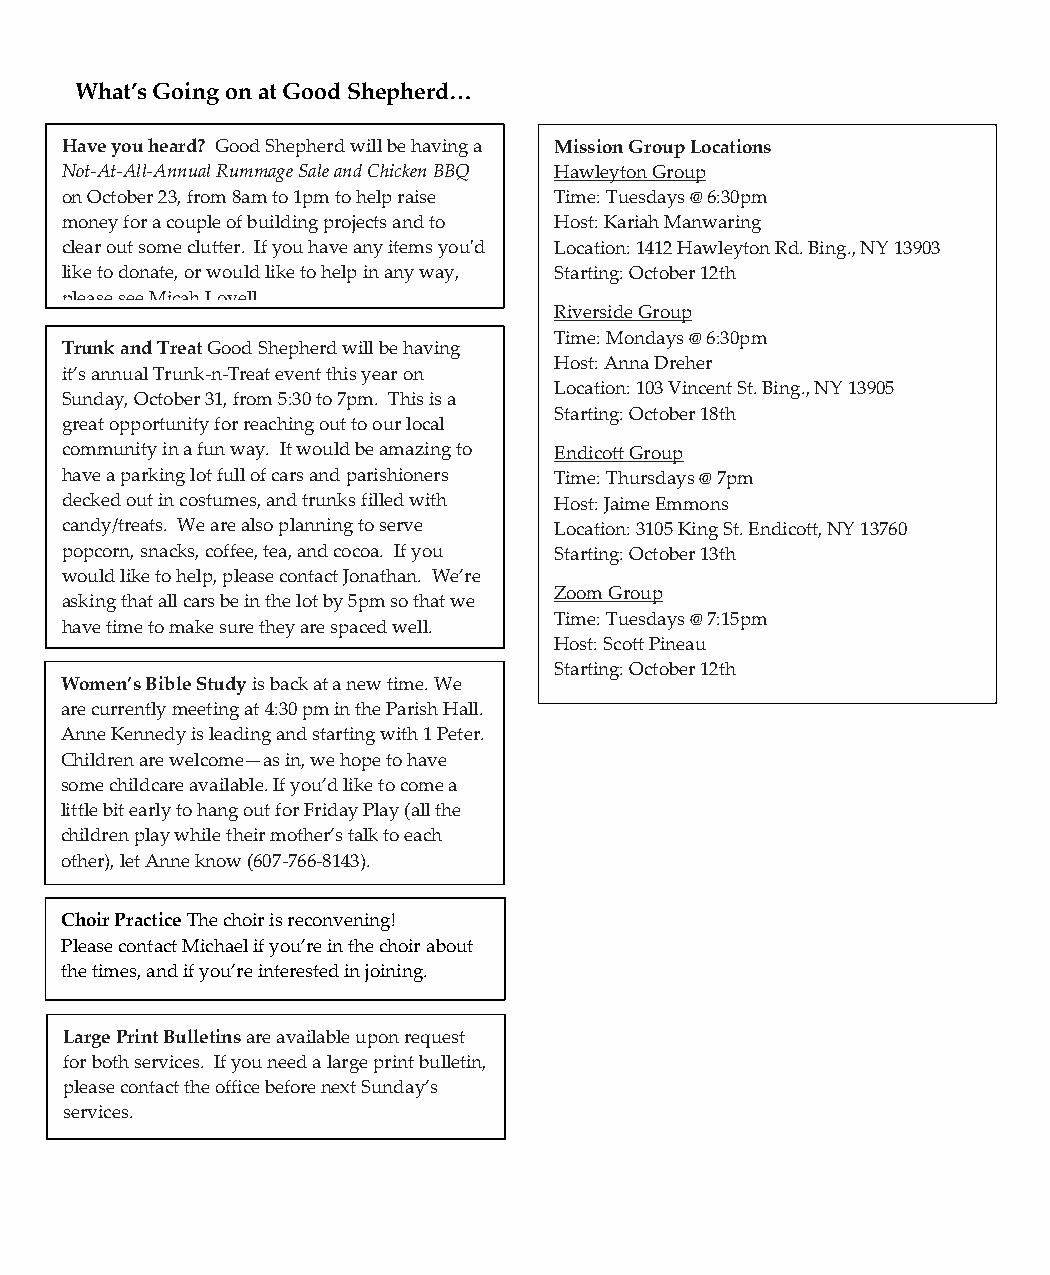
What’s Going on at Good Shepherd…
 Have you heard? Good Shepherd will be having a Mission Group Locations
 Not-At-All-Annual Rummage Sale and Chicken BBQ Hawleyton Group
 on October 23, from 8am to 1pm to help raise Time: Tuesdays @ 6:30pm
 money for a couple of building projects and to Host: Kariah Manwaring
 clear out some clutter. If you have any items you'd Location: 1412 Hawleyton Rd. Bing., NY 13903
 like to donate, or would like to help in any way, Starting: October 12th
 please see Micah Lovell.
 Riverside Group
 Time: Mondays @ 6:30pm
 Trunk and Treat Good Shepherd will be having
 Host: Anna Dreher
 it’s annual Trunk-n-Treat event this year on
 Location: 103 Vincent St. Bing., NY 13905
 Sunday, October 31, from 5:30 to 7pm. This is a
 Starting: October 18th
 great opportunity for reaching out to our local
 community in a fun way. It would be amazing to Endicott Group
 have a parking lot full of cars and parishioners Time: Thursdays @ 7pm
 decked out in costumes, and trunks filled with Host: Jaime Emmons
 candy/treats. We are also planning to serve Location: 3105 King St. Endicott, NY 13760
 popcorn, snacks, coffee, tea, and cocoa. If you Starting: October 13th
 would like to help, please contact Jonathan. We’re
 Zoom Group
 asking that all cars be in the lot by 5pm so that we
 Time: Tuesdays @ 7:15pm
 have time to make sure they are spaced well.
 Host: Scott Pineau
 Starting: October 12th
 Women’s Bible Study is back at a new time. We
 are currently meeting at 4:30 pm in the Parish Hall.
 Anne Kennedy is leading and starting with 1 Peter.
 Children are welcome—as in, we hope to have
 some childcare available. If you’d like to come a
 little bit early to hang out for Friday Play (all the
 children play while their mother’s talk to each
 other), let Anne know (607-766-8143).
 Choir Practice The choir is reconvening!
 Please contact Michael if you’re in the choir about
 the times, and if you’re interested in joining.
 Large Print Bulletins are available upon request
 for both services. If you need a large print bulletin,
 please contact the office before next Sunday’s
 services.